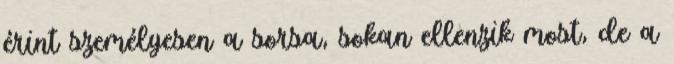
érint személyesen a sorsa, sokan ellenzik most, de a